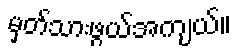
မှတ်သားဖွယ်အကျယ်။